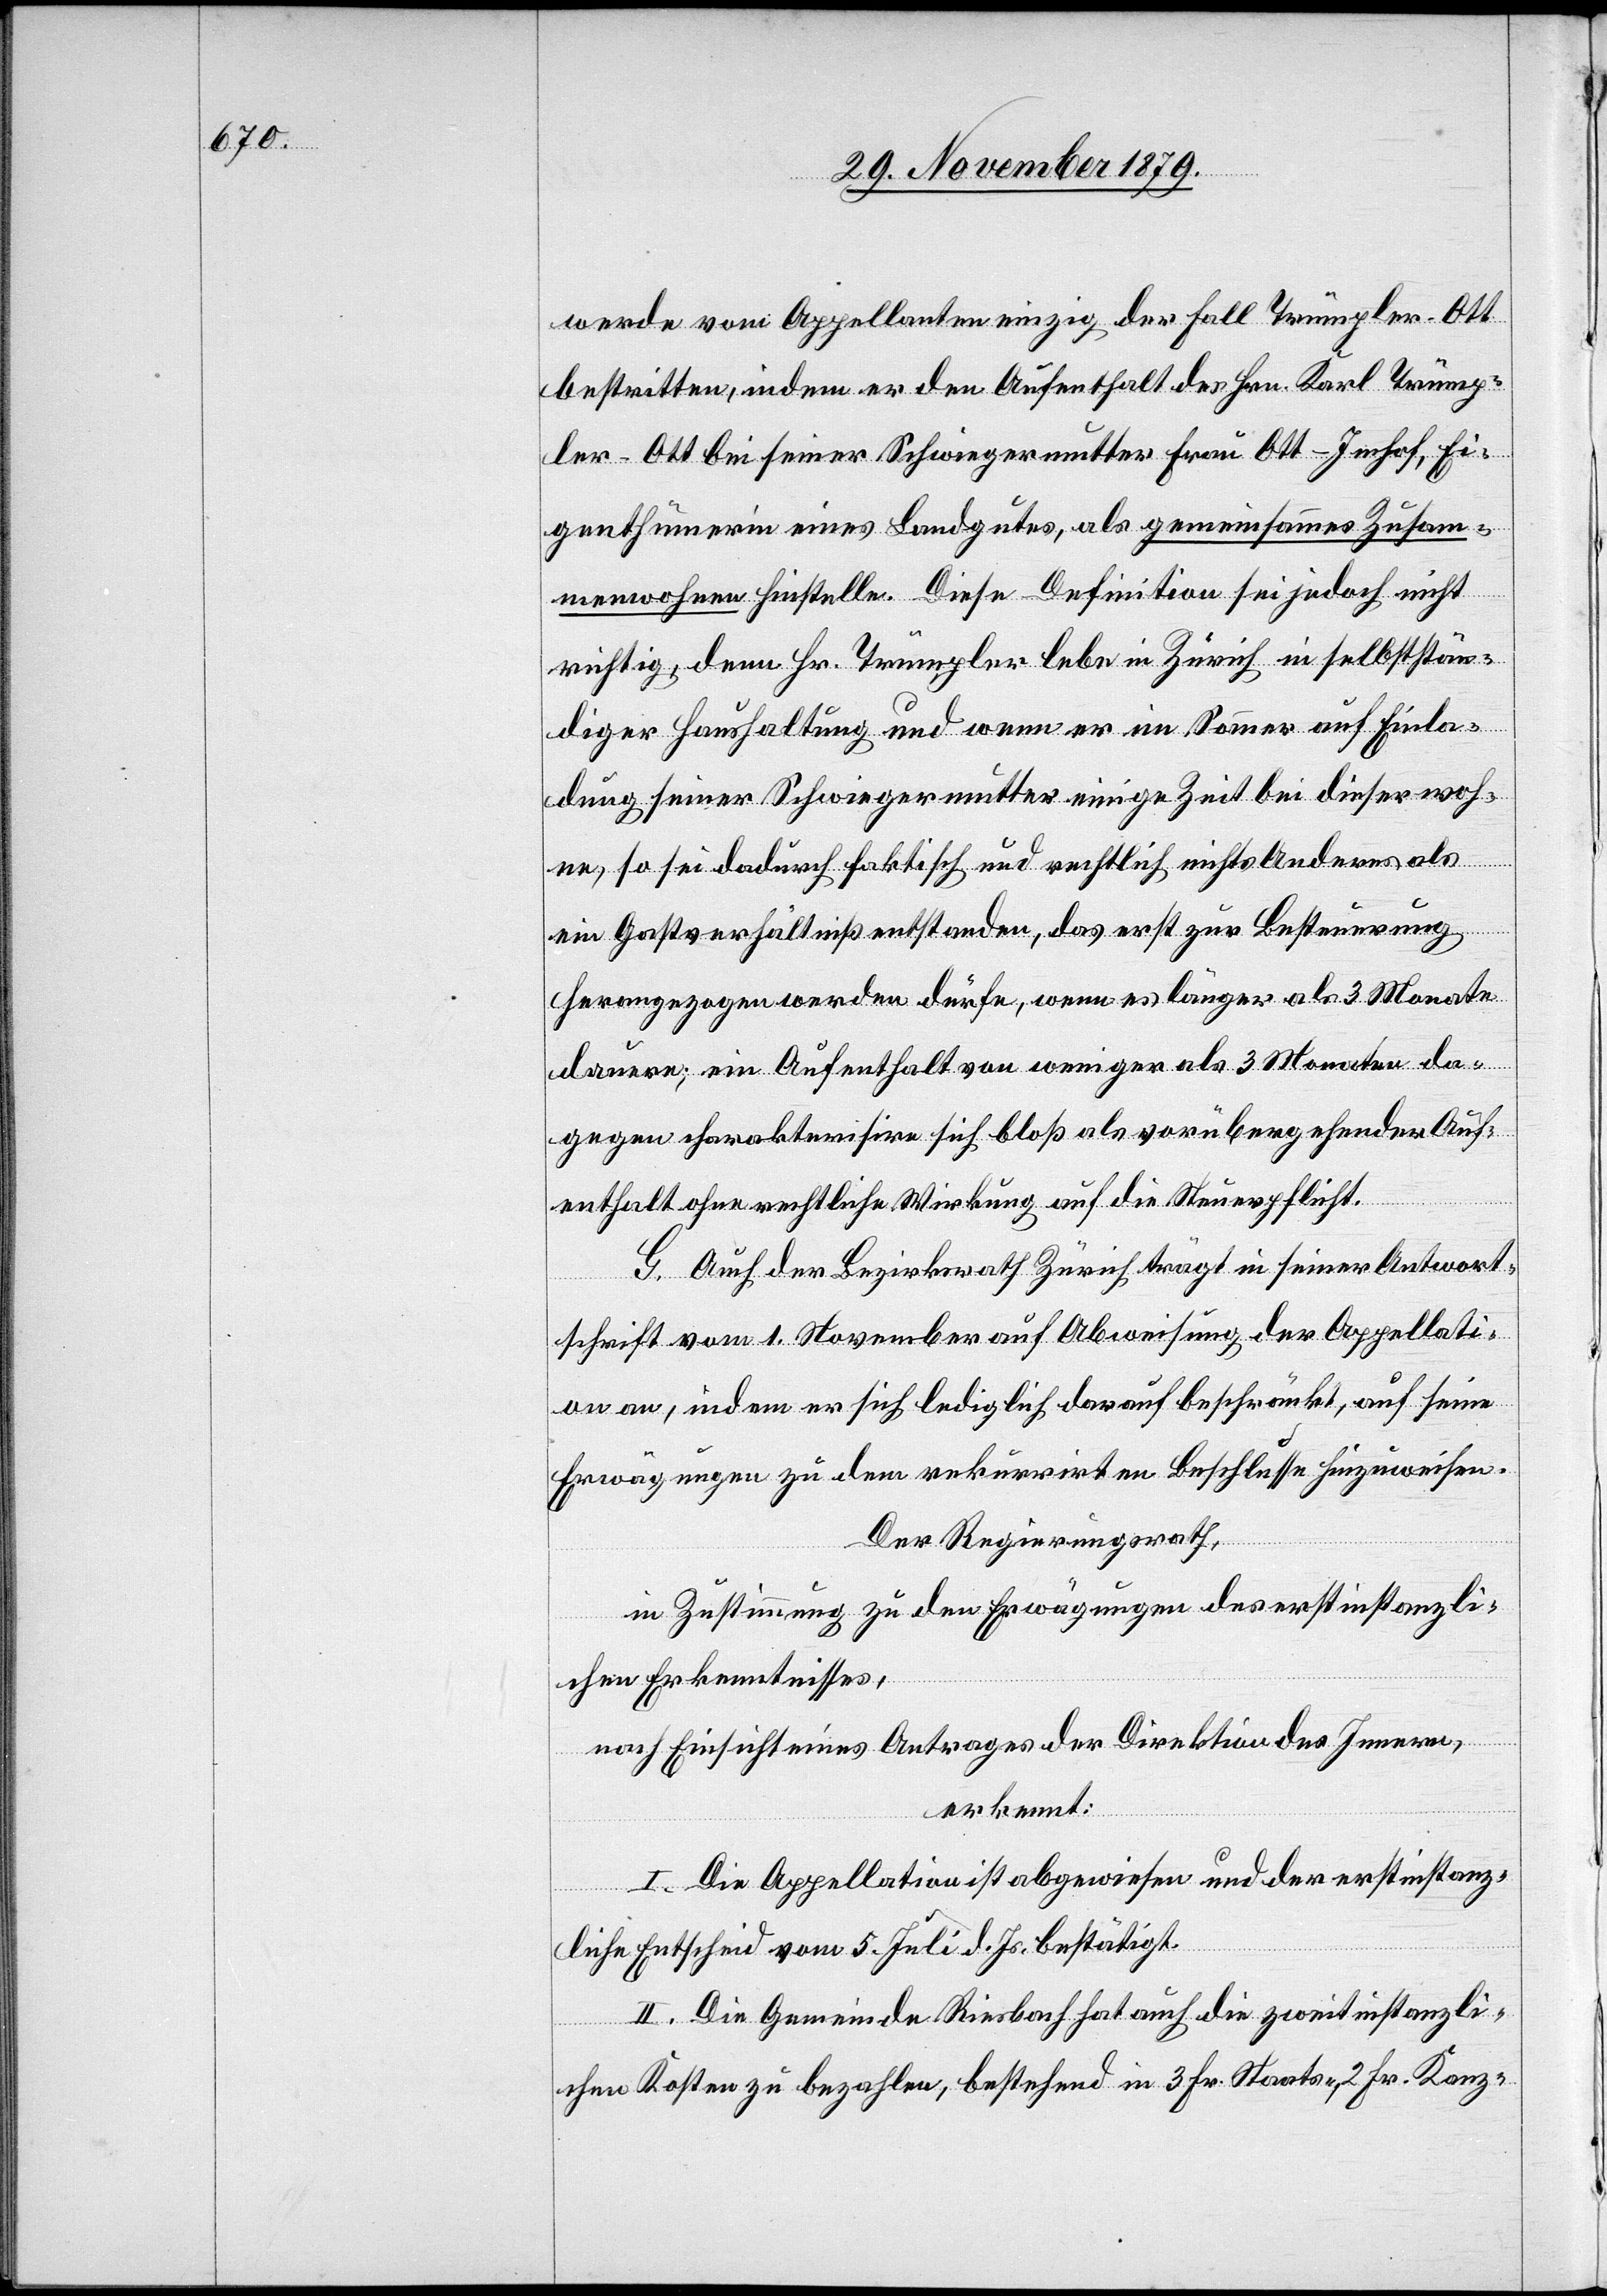
werde vom Appellanten einzig der Fall Trümpler-Ott
bestritten, indem er den Aufenthalt des Hrn. Karl Trümp¬
ler-Ott bei seiner Schwiegermutter Frau Ott-Imhof, Ei¬
genthümerin eines Landgutes, als gemeinsames Zusam¬
menwohnen hinstelle. Diese Definition sei jedoch nicht
richtig, denn Hr. Trümpler lebe in Zürich in selbstän¬
diger Haushaltung und wenn er im Sommer auf Einla¬
dung seiner Schwiegermutter einige Zeit bei dieser woh¬
ne, so sei dadurch faktisch und rechtlich nichts Anderes als
ein Gastverhältniß entstanden, das erst zur Besteuerung
herangezogen werden dürfe, wenn es länger als 3 Monate
dauere; ein Aufenthalt von weniger als 3 Monate da¬
gegen charakterisire sich bloß als vorübergehenden Auf¬
enthalt ohne rechtliche Wirkung auf die Steuerpflicht.
G. Auch der Bezirksrath Zürich trägt in seiner Antwort¬
schrift vom 1. November auf Abweisung der Appellati¬
on an, indem er sich lediglich darauf beschränkt, auf seine
Erwägungen zu dem rekurrirten Beschlusse hinzuweisen.
Der Regierungsrath,
in Zustimmung zu den Erwägungen des erstinstanzli¬
chen Erkenntnisses,
nach Einsicht eines Antrages der Direktion des Innern,
erkennt:
I. Die Appellation ist abgewiesen und der erstinstanz¬
liche Entscheid vom 5. Juli d. Js. bestätigt.
II. Die Gemeinde Riesbach hat auch die zweitinstanzli¬
chen Kosten zu bezahlen, bestehend in 3 Fr. Staats-, 2 Fr. Kanz-